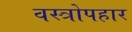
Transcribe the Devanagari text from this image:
वस्त्रोपहार